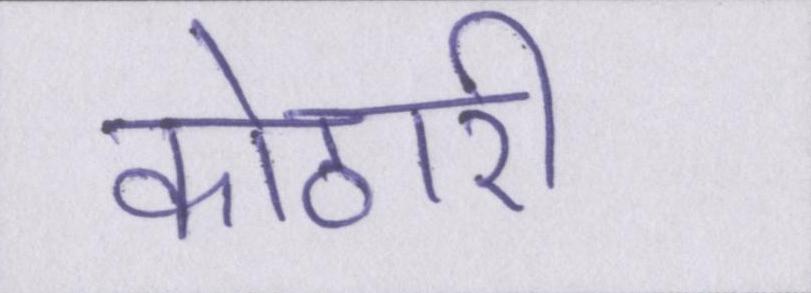
कोठारी